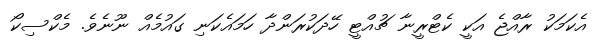
އެކަމަކު ރާއްޖެ އަކީ ކެޓްރީނާ ޗުއްޓީ ހޭދަކުރަންދާ ހަމައެކަނި ގައުމެއް ނޫނެވެ. މެކްސިކޯ